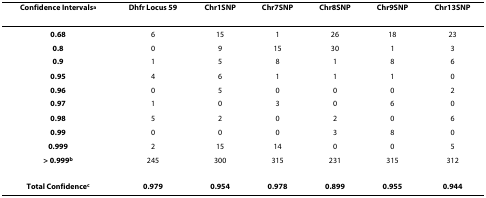
<table><thead><tr><td><b>Confidence Intervals<sup>a</sup></b></td><td><b>Dhfr Locus 59</b></td><td><b>Chr1SNP</b></td><td><b>Chr7SNP</b></td><td><b>Chr8SNP</b></td><td><b>Chr9SNP</b></td><td><b>Chr13SNP</b></td></tr></thead><tbody><tr><td><b>0.68</b></td><td>6</td><td>15</td><td>1</td><td>26</td><td>18</td><td>23</td></tr><tr><td><b>0.8</b></td><td>0</td><td>9</td><td>15</td><td>30</td><td>1</td><td>3</td></tr><tr><td><b>0.9</b></td><td>1</td><td>5</td><td>8</td><td>1</td><td>8</td><td>6</td></tr><tr><td><b>0.95</b></td><td>4</td><td>6</td><td>1</td><td>1</td><td>1</td><td>0</td></tr><tr><td><b>0.96</b></td><td>0</td><td>5</td><td>0</td><td>0</td><td>0</td><td>2</td></tr><tr><td><b>0.97</b></td><td>1</td><td>0</td><td>3</td><td>0</td><td>6</td><td>0</td></tr><tr><td><b>0.98</b></td><td>5</td><td>2</td><td>0</td><td>2</td><td>0</td><td>6</td></tr><tr><td><b>0.99</b></td><td>0</td><td>0</td><td>0</td><td>3</td><td>8</td><td>0</td></tr><tr><td><b>0.999</b></td><td>2</td><td>15</td><td>14</td><td>0</td><td>0</td><td>5</td></tr><tr><td><b>&gt; 0.999</b><sup><b>b</b></sup></td><td>245</td><td>300</td><td>315</td><td>231</td><td>315</td><td>312</td></tr><tr><td><b>Total Confidence</b><sup><b>c</b></sup></td><td><b>0.979</b></td><td><b>0.954</b></td><td><b>0.978</b></td><td><b>0.899</b></td><td><b>0.955</b></td><td><b>0.944</b></td></tr></tbody></table>